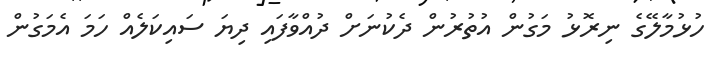
ހުޅުމާލޭގެ ނިރޮޅު މަގުން އުތުރުން ދެކުނަށް ދުއްވާފައި ދިޔަ ސައިކަލެއް ހަމަ އެމަގުން